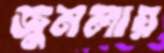
জুমলায়